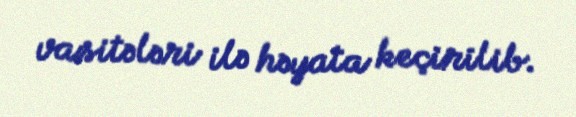
vasitələri ilə həyata keçirilib.